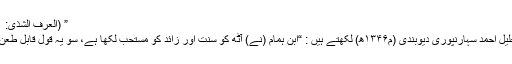
” (العرف الشذی: ۱۶۶/۱)
جناب خلیل احمد سہارنپوری دیوبندی (م۱۳۴۶ھ) لکھتے ہیں : “ابنِ ہمام (نے) آٹھ کو سنت اور زائد کو مستحب لکھا ہے، سو یہ قول قابل طعن نہیں “۔